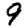
Digit: 9